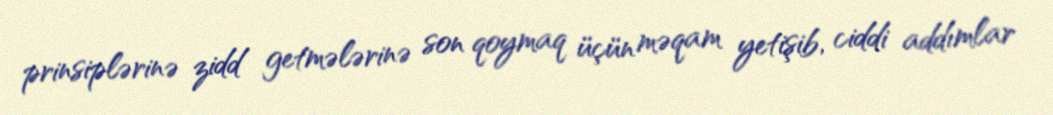
prinsiplərinə zidd getmələrinə son qoymaq üçün məqam yetişib, ciddi addımlar